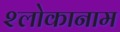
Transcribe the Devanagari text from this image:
श्लोकानाम